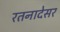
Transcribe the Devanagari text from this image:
रतनादेसर